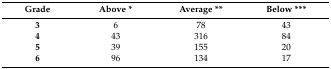
<table><thead><tr><td><b>Grade</b></td><td><b>Above *</b></td><td><b>Average **</b></td><td><b>Below ***</b></td></tr></thead><tbody><tr><td><b>3</b></td><td>6</td><td>78</td><td>43</td></tr><tr><td><b>4</b></td><td>43</td><td>316</td><td>84</td></tr><tr><td><b>5</b></td><td>39</td><td>155</td><td>20</td></tr><tr><td><b>6</b></td><td>96</td><td>134</td><td>17</td></tr></tbody></table>